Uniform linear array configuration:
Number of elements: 8
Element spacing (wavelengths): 0.75
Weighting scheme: hann
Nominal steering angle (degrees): -45
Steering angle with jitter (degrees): -44.916
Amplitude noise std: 0.05
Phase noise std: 0.05

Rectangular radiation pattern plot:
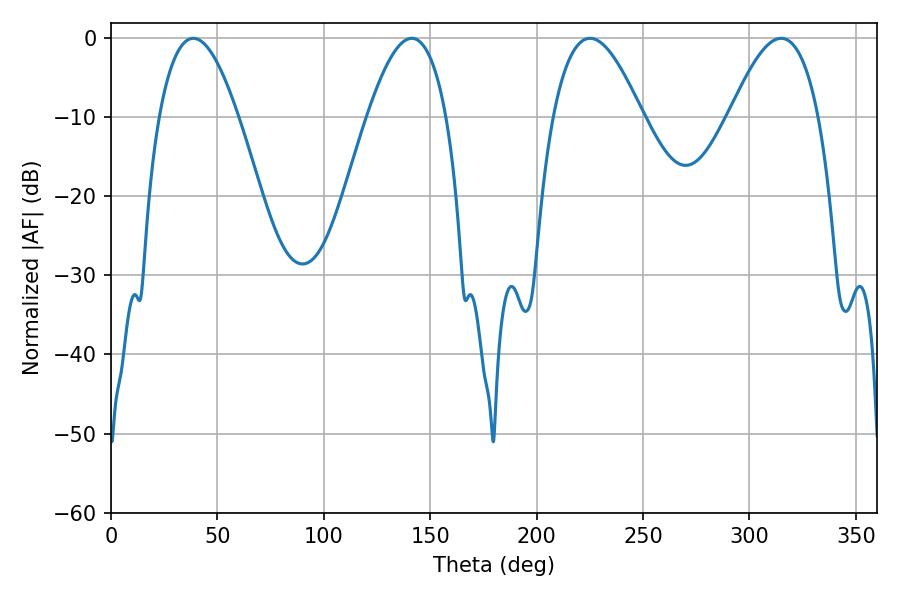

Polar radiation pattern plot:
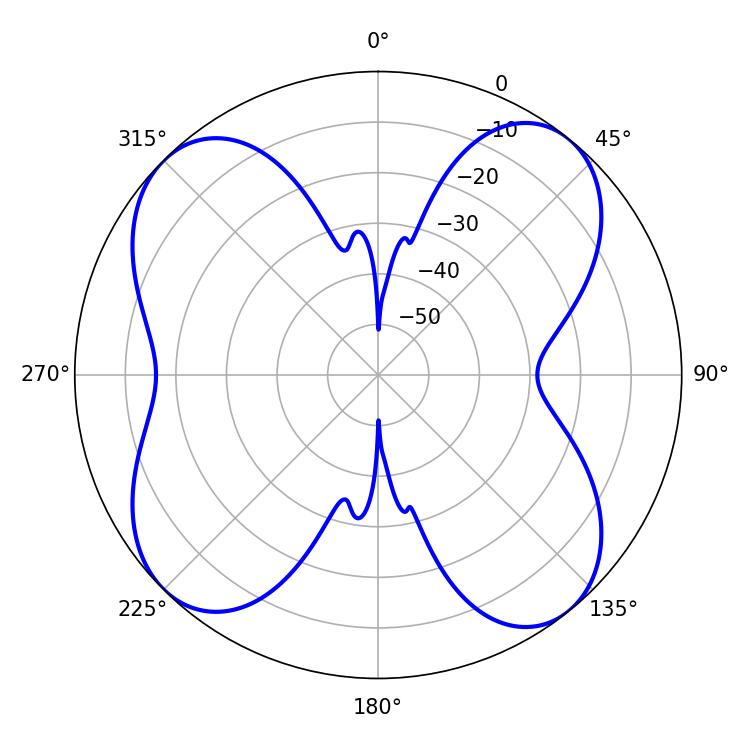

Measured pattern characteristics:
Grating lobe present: TRUE
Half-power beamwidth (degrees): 20.34
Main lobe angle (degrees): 38.7